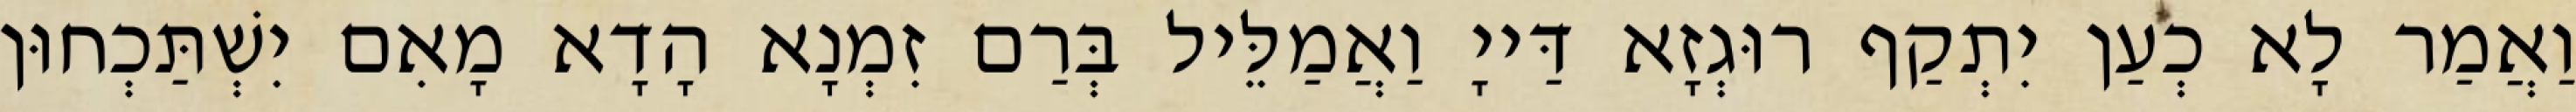
וַאֲמַר לָא כְעַן יִתְקַף רוּגְזָא דַּייָ וַאֲמַלֵּיל בְּרַם זִמְנָא הָדָא מָאִם יִשְׁתַּכְחוּן